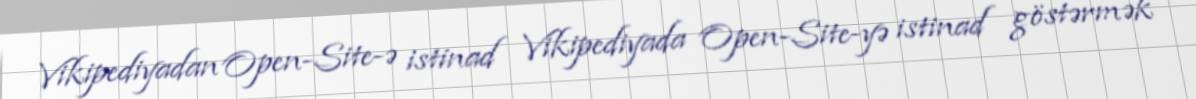
Vikipediyadan Open-Site-ə istinad Vikipediyada Open-Site-yə istinad göstərmək